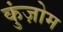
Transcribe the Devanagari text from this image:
कुंज़ोम